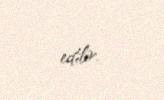
edilir.